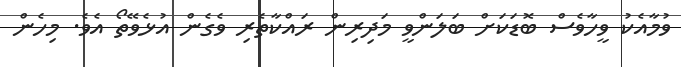
ވުމާއެކު ވީހާވެސް ބޮޑަކަށް ބަލަންވީ މަދިރިން ރައްކާތެރި ވެގެން އުޅެވޭތޯ އެވެ. މިހެން